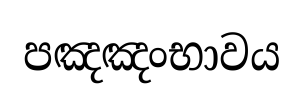
පඤඤංභාවය